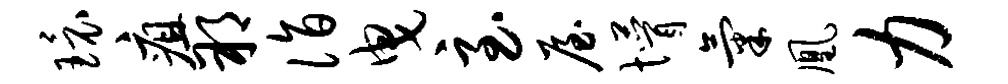
环疽朔诣曳至屋懵气凰力